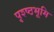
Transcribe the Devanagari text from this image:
पृश्ष्‍ठभूमि